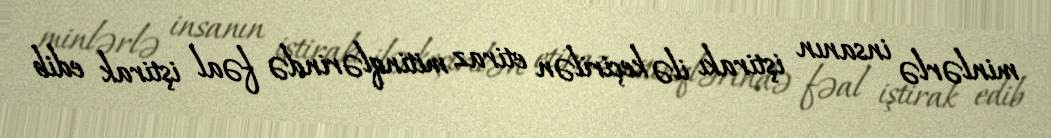
minlərlə insanın iştirakı ilə keçirilən etiraz mitinqlərində fəal iştirak edib